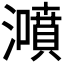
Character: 𤂫